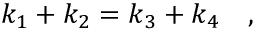
k _ { 1 } + k _ { 2 } = k _ { 3 } + k _ { 4 } \quad ,